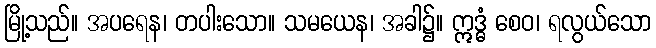
မြို့သည်။ အပရေန၊ တပါးသော။ သမယေန၊ အခါ၌။ ဣဒ္ဓံ စေဝ၊ ရလွယ်သော